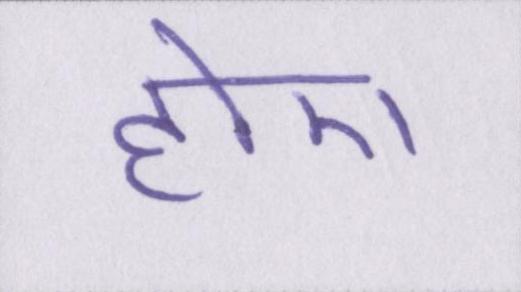
होए